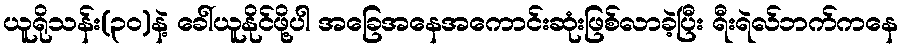
ယူရိုသန်း(၃၀)နဲ့ ခေါ်ယူနိုင်ဖို့ပါ အခြေအနေအကောင်းဆုံးဖြစ်လာခဲ့ပြီး ရီးရဲလ်ဘက်ကနေ